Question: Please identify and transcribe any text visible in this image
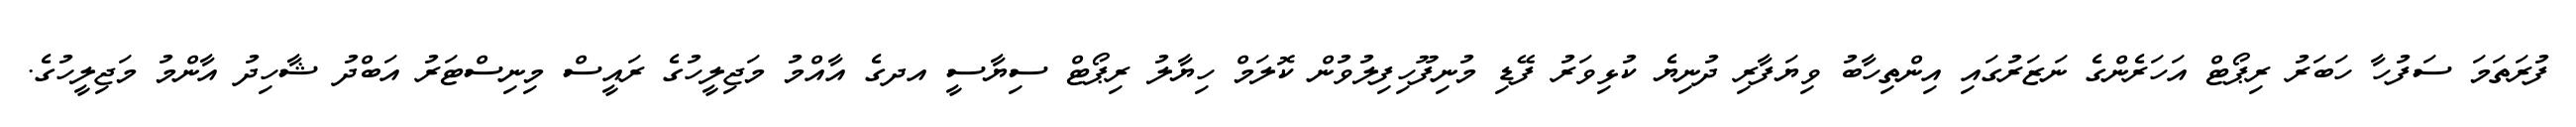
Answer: ފުރަތަމަ ސަފުހާ ހަބަރު ރިޕޯޓް އަހަރެންގެ ނަޒަރުގައި އިންތިހާބު ވިޔަފާރި ދުނިޔެ ކުޅިވަރު ފޭޑި މުނިފޫހިފިލުވުން ކޮލަމް ހިޔާލު ރިޕޯޓް ސިޔާސީ އދގެ އާއްމު މަޖިލީހުގެ ރައީސް މިނިސްޓަރު އަބްދު ޝާހިދު އާންމު މަޖިލީހުގެ.